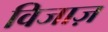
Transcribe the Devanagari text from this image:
विजाज़